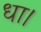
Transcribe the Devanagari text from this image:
धा।